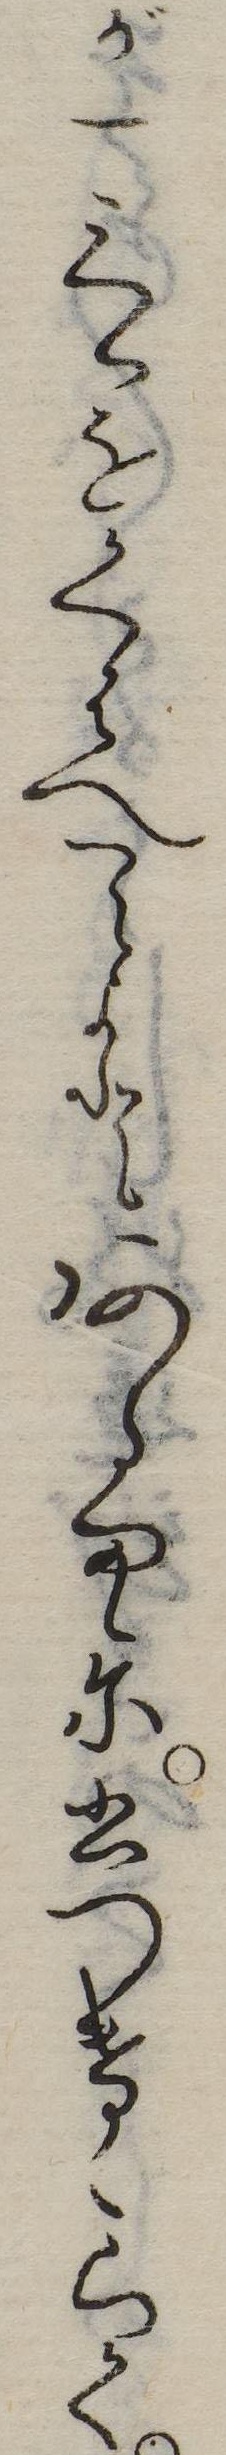
が一言をくはへてよとあるまゝに書つけゝらく